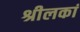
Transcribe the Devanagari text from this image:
श्रीलकां